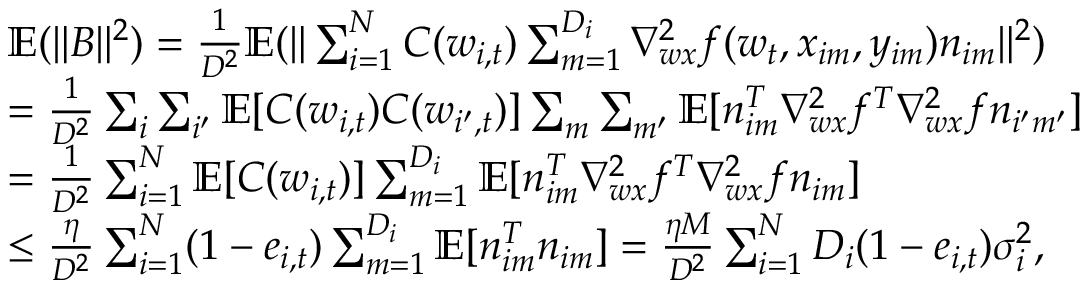
\begin{array} { r l } & { \mathbb { E } ( \| \boldsymbol { B } \| ^ { 2 } ) = \frac { 1 } { D ^ { 2 } } \mathbb { E } ( \| \sum _ { i = 1 } ^ { N } C ( \boldsymbol { w } _ { i , t } ) \sum _ { m = 1 } ^ { D _ { i } } \nabla _ { \boldsymbol { w x } } ^ { 2 } f ( \boldsymbol { w } _ { t } , \boldsymbol { x } _ { i m } , y _ { i m } ) \boldsymbol { n } _ { i m } \| ^ { 2 } ) } \\ & { = \frac { 1 } { D ^ { 2 } } \sum _ { i } \sum _ { i ^ { \prime } } \mathbb { E } [ C ( \boldsymbol { w } _ { i , t } ) C ( \boldsymbol { w } _ { i ^ { \prime } , t } ) ] \sum _ { m } \sum _ { m ^ { \prime } } \mathbb { E } [ \boldsymbol { n } _ { i m } ^ { T } \nabla _ { \boldsymbol { w x } } ^ { 2 } f ^ { T } \nabla _ { \boldsymbol { w x } } ^ { 2 } f \boldsymbol { n } _ { i ^ { \prime } m ^ { \prime } } ] } \\ & { = \frac { 1 } { D ^ { 2 } } \sum _ { i = 1 } ^ { N } \mathbb { E } [ C ( \boldsymbol { w } _ { i , t } ) ] \sum _ { m = 1 } ^ { D _ { i } } \mathbb { E } [ \boldsymbol { n } _ { i m } ^ { T } \nabla _ { \boldsymbol { w x } } ^ { 2 } f ^ { T } \nabla _ { \boldsymbol { w x } } ^ { 2 } f \boldsymbol { n } _ { i m } ] } \\ & { \le \frac { \eta } { D ^ { 2 } } \sum _ { i = 1 } ^ { N } ( 1 - e _ { i , t } ) \sum _ { m = 1 } ^ { D _ { i } } \mathbb { E } [ \boldsymbol { n } _ { i m } ^ { T } \boldsymbol { n } _ { i m } ] = \frac { \eta M } { D ^ { 2 } } \sum _ { i = 1 } ^ { N } D _ { i } ( 1 - e _ { i , t } ) \sigma _ { i } ^ { 2 } , } \end{array}